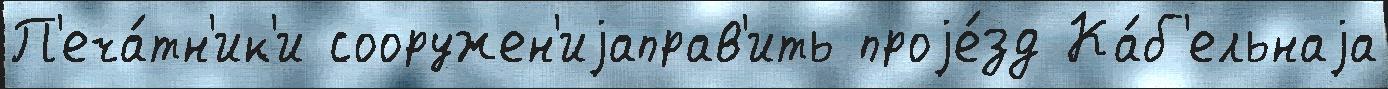
П'еча́тн'ик'и сооружен'иjаправ'ить проjе́зд Ка́б'ельнаjа